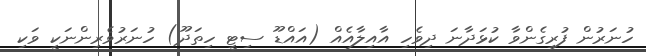
ހުނަރުން ފުރިގެންވާ ކުޅަދާނަ ދިވެހި އާއިލާއެއް (އައްޑޫ ސިޓީ ހިތަދޫ) ހުނަރުވެރިންނަކީ ވަކި